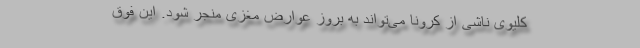
کلیوی ناشی از کرونا می‌تواند به بروز عوارض مغزی منجر شود. این فوق